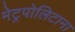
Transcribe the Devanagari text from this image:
मेट्रपोलिटाना